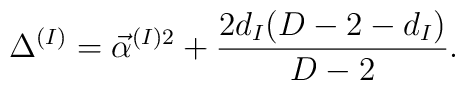
\Delta^{(I)}=\vec\alpha^{(I)2}+{2d_I(D-2-d_I)\over D-2}.